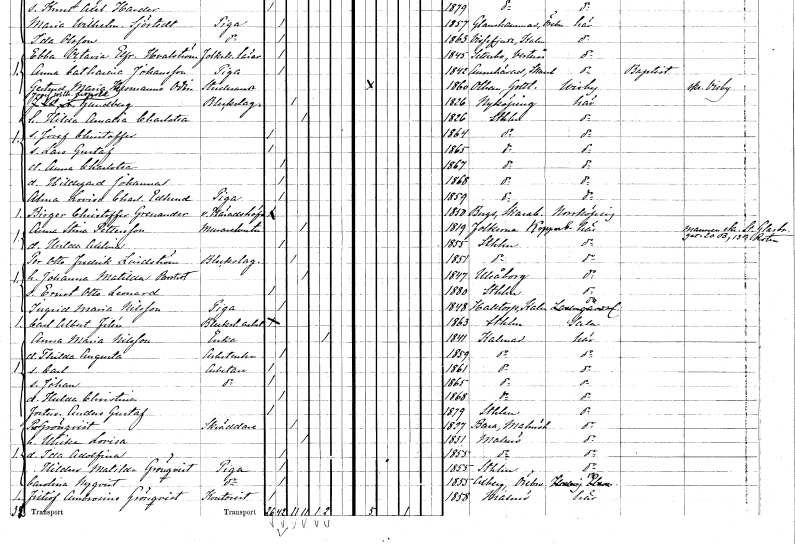
gt_parse: households: individuals: FN: Josef Wilhelm Leopold
EN: Gundberg
YRKE: Bleckslagare
KON: M
CIV: G
FODAR: 1826
FODFORS: Nyköping Södermanlands län
FN: Hilda Amalia Charlotta
KON: K
CIV: G
FODAR: 1826
FODFORS: Stockholm
FN: Josef Christoffer
KON: M
CIV: O
FODAR: 1864
FODFORS: Stockholm
FN: Lars Gustaf
KON: M
CIV: O
FODAR: 1865
FODFORS: Stockholm
FN: Anna Charlotta
KON: K
CIV: O
FODAR: 1867
FODFORS: Stockholm
FN: Hildegard Johanna
KON: K
CIV: O
FODAR: 1868
FODFORS: Stockholm
FN: Alma Lovisa Charlotta
EN: Edlund
YRKE: Piga
KON: K
CIV: O
FODAR: 1859
FODFORS: Stockholm
FN: Birger Christoffer
EN: Grenander
YRKE: Häradshövding vice
KON: M
CIV: O
FODAR: 1850
FODFORS: Berg Skaraborgs län
FN: Anna Stina
EN: Pettersson
YRKE: Murarehustru
KON: K
CIV: G
FODAR: 1819
FODFORS: Folkärna Kopparbergs län
FN: Hulda Adelina
KON: K
CIV: O
FODAR: 1855
FODFORS: Stockholm
FN: Per Otto Fredrik
EN: Lindström
YRKE: Bleckslagare
KON: M
CIV: G
FODAR: 1851
FODFORS: Stockholm
FN: Johanna Matilda
EN: Brostedt
KON: K
CIV: G
FODAR: 1847
FN: Ernst Otto Leonard
KON: M
CIV: O
FODAR: 1880
FODFORS: Stockholm
FN: Ingrid Maria
EN: Nilsson
YRKE: Piga
KON: K
CIV: O
FODAR: 1848
FODFORS: Halltorp Kalmar län
FN: Carl Albert
EN: Filén
YRKE: Bleckslageriarbetare
KON: M
CIV: O
FODAR: 1863
FODFORS: Stockholm
FN: Anna Maria
EN: Nilsson
YRKE: Änka
KON: K
CIV: E
FODAR: 1841
FODFORS: Kalmar Kalmar län
FN: Thilda Augusta
YRKE: Arbeterska
KON: K
CIV: O
FODAR: 1859
FODFORS: Kalmar Kalmar län
FN: Carl
YRKE: Arbetare
KON: M
CIV: O
FODAR: 1861
FODFORS: Kalmar Kalmar län
FN: Johan
YRKE: Arbetare
KON: M
CIV: O
FODAR: 1865
FODFORS: Kalmar Kalmar län
FN: Hulda Christina
KON: K
CIV: O
FODAR: 1868
FODFORS: Kalmar Kalmar län
FN: Anders Gustaf
KON: M
CIV: O
FODAR: 1879
FODFORS: Stockholm
FN: Per
EN: Grönqvist
YRKE: Skräddare
KON: M
CIV: G
FODAR: 1827
FODFORS: Bara Malmöhus län
FN: Ulrika Lovisa
KON: K
CIV: G
FODAR: 1831
FODFORS: Malmö Malmöhus län
FN: Ida Adolfina
KON: K
CIV: O
FODAR: 1855
FODFORS: Malmö Malmöhus län
FN: Hildur Matilda
EN: Grönqvist
YRKE: Piga
KON: K
CIV: O
FODAR: 1855
FODFORS: Stockholm
FN: Carolina
EN: Nyqvist
YRKE: Piga
KON: K
CIV: O
FODAR: 1855
FODFORS: Axberg Örebro län
FN: Fritiof Ambrosius
EN: Grönqvist
YRKE: Kontorist
KON: M
CIV: O
FODAR: 1858
FODFORS: Malmö Malmöhus län